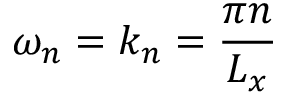
\omega _ { n } = k _ { n } = \frac { \pi n } { L _ { x } }